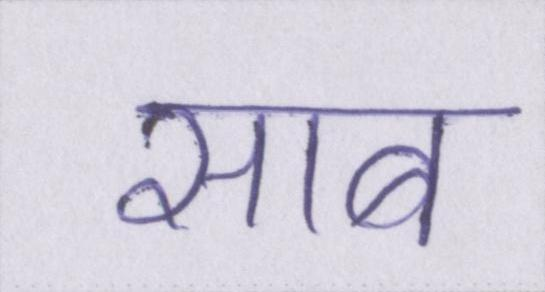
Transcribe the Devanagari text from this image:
साब